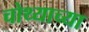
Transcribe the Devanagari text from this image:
चोथ्याच्या